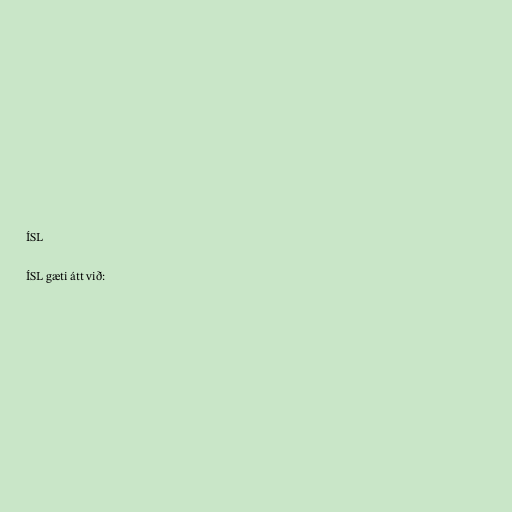
ÍSL

ÍSL gæti átt við: